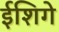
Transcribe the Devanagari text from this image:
ईशिगे